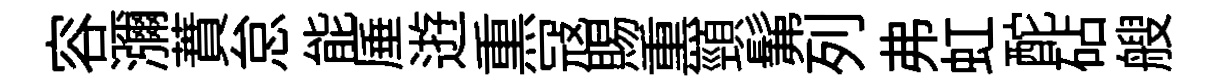
容瀰蕡怠能厜逰𤋱冦賜𤋱頸髴列弗虹酡砧艘